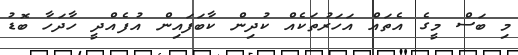
މި ބަސް މީގެ އެތައް އަހަރުތަކެއް ކުދިން ކާބަފައިން އުފެއްދީ ހާދަހާ ބޮޑު